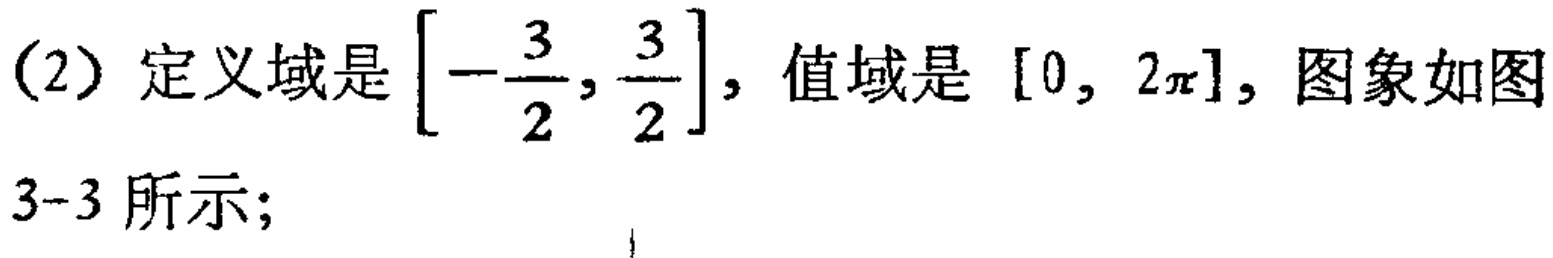
(2) 定义域是$\left[-\frac{3}{2}, \frac{3}{2}\right]$，值域是$[0, 2\pi]$，图象如图3-3所示；